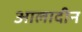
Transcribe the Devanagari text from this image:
आलादीन